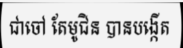
ជាចៅ តែមូជិន បានបង្កើត